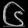
Digit: ၆